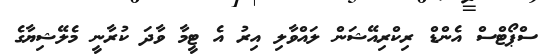
ސްޕޯޓްސް އެންޑް ރިކްރިއޭޝަން ލައްވާލި އިރު އެ ޓީމާ ވާދަ ކުރާނީ މެލޭޝިޔާގެ